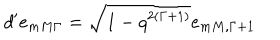
LaTeX: d ^ { \prime } e _ { m M \Gamma } = \sqrt { 1 - q ^ { 2 ( \Gamma + 1 ) } } e _ { m M , \Gamma + 1 }